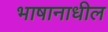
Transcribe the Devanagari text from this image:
भाषानाधील